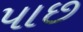
પાછ